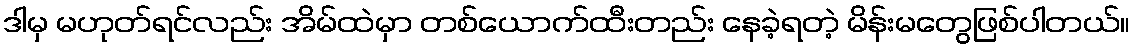
ဒါမှ မဟုတ်ရင်လည်း အိမ်ထဲမှာ တစ်ယောက်ထီးတည်း နေခဲ့ရတဲ့ မိန်းမတွေဖြစ်ပါတယ်။